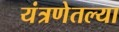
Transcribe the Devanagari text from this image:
यंत्रणेतल्या